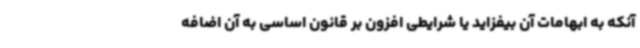
آنکه به ابهامات آن بیفزاید یا شرایطی افزون بر قانون اساسی به آن اضافه